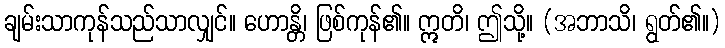
ချမ်းသာကုန်သည်သာလျှင်။ ဟောန္တိ၊ ဖြစ်ကုန်၏။ ဣတိ၊ ဤသို့။ (အဘာသိ၊ ရွတ်၏။)